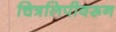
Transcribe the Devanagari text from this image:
चित्रलिपीवरून